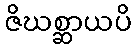
ဇိဃစ္ဆာယပိ